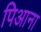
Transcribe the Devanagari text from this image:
पिआना